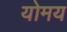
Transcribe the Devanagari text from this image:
योमय